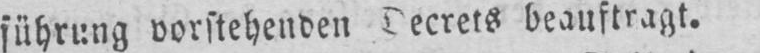
beauftragt.